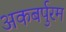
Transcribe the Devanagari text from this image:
अकबर्पुरम